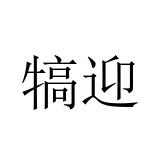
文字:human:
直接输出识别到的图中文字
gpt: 犒迎